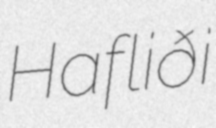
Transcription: Hafliði